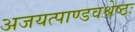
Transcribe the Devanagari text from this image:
अजयत्पाण्डवश्रेष्ठः